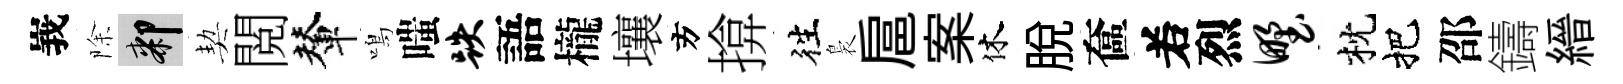
峩除膝契閲輦鳴嗤跌語櫳壤方揜徃裊扈案休脫奩𠰥烈野枕把邵鑄縉